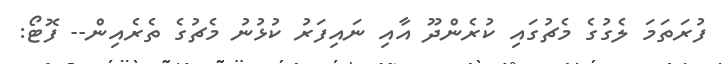
ފުރަތަމަ ލެގުގެ މެޗުގައި ކުރެންދޫ އާއި ނައިފަރު ކުޅުނު މެޗުގެ ތެރެއިން-- ފޮޓޯ: